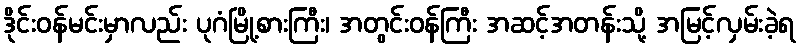
ဒိုင်းဝန်မင်းမှာလည်း ပုဂံမြို့စားကြီး၊ အတွင်းဝန်ကြီး အဆင့်အတန်းသို့ အမြင့်လှမ်းခဲ့ရ